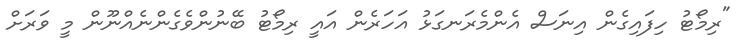
"ރިމޯޓު ހިފައިގެން އިނަސް އެންމެރަނގަޅު އަހަރެން އައީ ރިމޯޓު ބޭނުންވެގެންނެއްނޫން މީ ވަރަށް